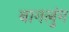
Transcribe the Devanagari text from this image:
बागलुंग